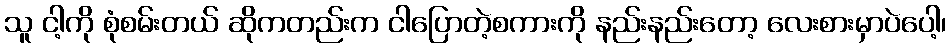
သူ ငါ့ကို စုံစမ်းတယ် ဆိုကတည်းက ငါပြောတဲ့စကားကို နည်းနည်းတော့ လေးစားမှာပဲပေါ့၊